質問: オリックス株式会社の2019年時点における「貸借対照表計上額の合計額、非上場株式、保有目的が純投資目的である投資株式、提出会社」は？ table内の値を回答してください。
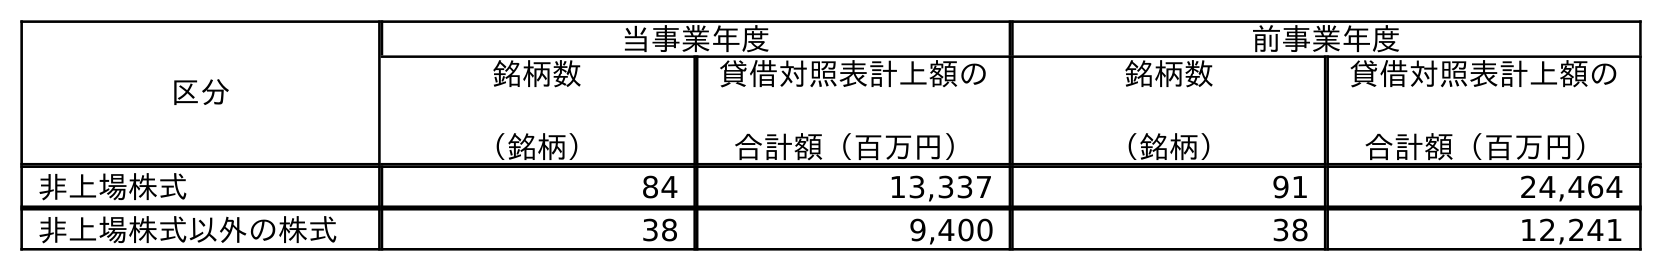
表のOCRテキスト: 区分 当事業年度 前事業年度 銘柄数 （銘柄） 貸借対照表計上額の 合計額（百万円） 銘柄数 （銘柄） 貸借対照表計上額の 合計額（百万円） 非上場株式 84 13,337 91 24,464 非上場株式以外の株式 38 9,400 38 12,241
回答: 24,464